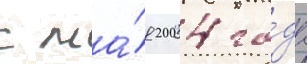
с ма́я 2004 го́да